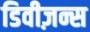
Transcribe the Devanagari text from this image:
डिवीज़न्स